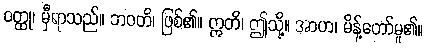
ဝတ္ထု၊ မှီရာသည်။ ဘဝတိ၊ ဖြစ်၏။ ဣတိ၊ ဤသို့။ အာဟ၊ မိန့်တော်မူ၏။